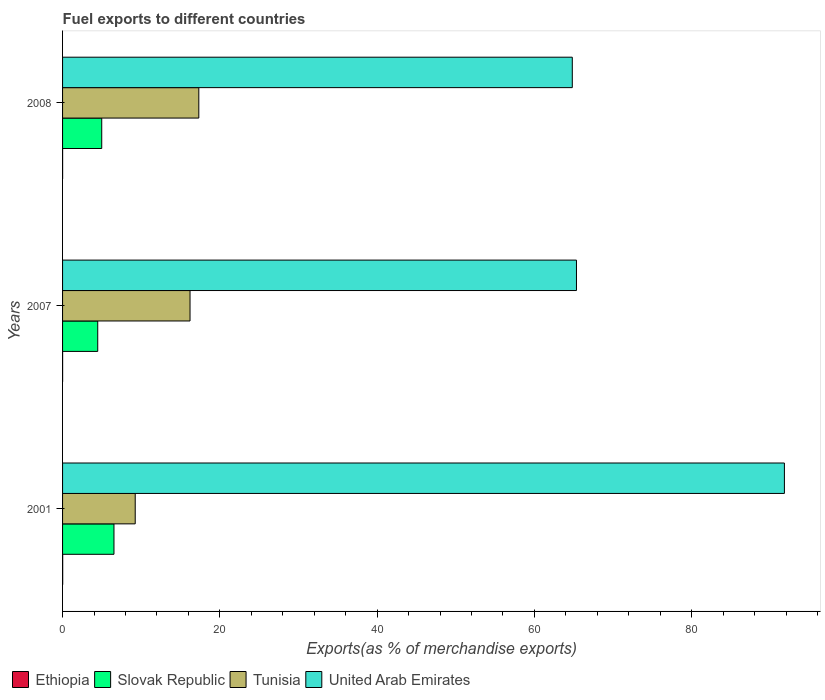
| Years | Ethiopia | Slovak Republic | Tunisia | United Arab Emirates |
 | --- | --- | --- | --- | --- |
 | 2001 | 0.0146 | 6.54 | 9.24 | 91.8 |
 | 2007 | 0.00619 | 4.47 | 16.2 | 65.3 |
 | 2008 | 0.00515 | 4.98 | 17.3 | 64.8 |